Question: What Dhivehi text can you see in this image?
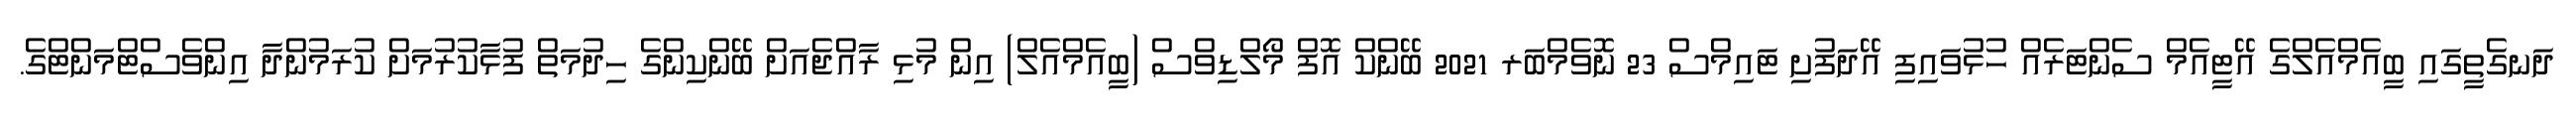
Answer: ދަނގެތީގައި ބީއެމްއެލްގެ އޭޓީއެމް ސެންޓަރެއް ހުޅުވައިފި އޭދަފުށި ޓައިމްސް 23 ނޮވެމްބަރ 2021 ބޭންކް އޮފް މޯލްޑިވްސް (ބީއެމްއެލް) އިން މުޅި ރާއްޖެއަށް ބޭންކިންގެ ހިދުމަތް ފުޅާކުރުމަށް ކުރަމުންދާ އިންވެސްޓްމަންޓްގެ.